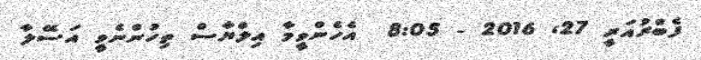
ފެބްރުއަރީ 27